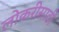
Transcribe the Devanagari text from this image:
लोकरीसाठी